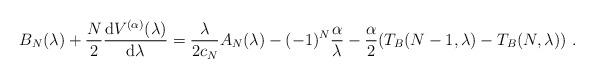
LaTeX: \begin{align*}\!\!\!\!\!\!\!\! B_N(\lambda)+\frac{N}{2}\frac{{\rm d} V^{(\alpha)}(\lambda)}{{\rm d}\lambda}=\frac{\lambda}{2c_N}A_N(\lambda)-(-1)^N\frac{\alpha}{\lambda}-\frac{\alpha}{2}(T_B(N-1,\lambda)-T_B(N,\lambda)) \ .\end{align*}